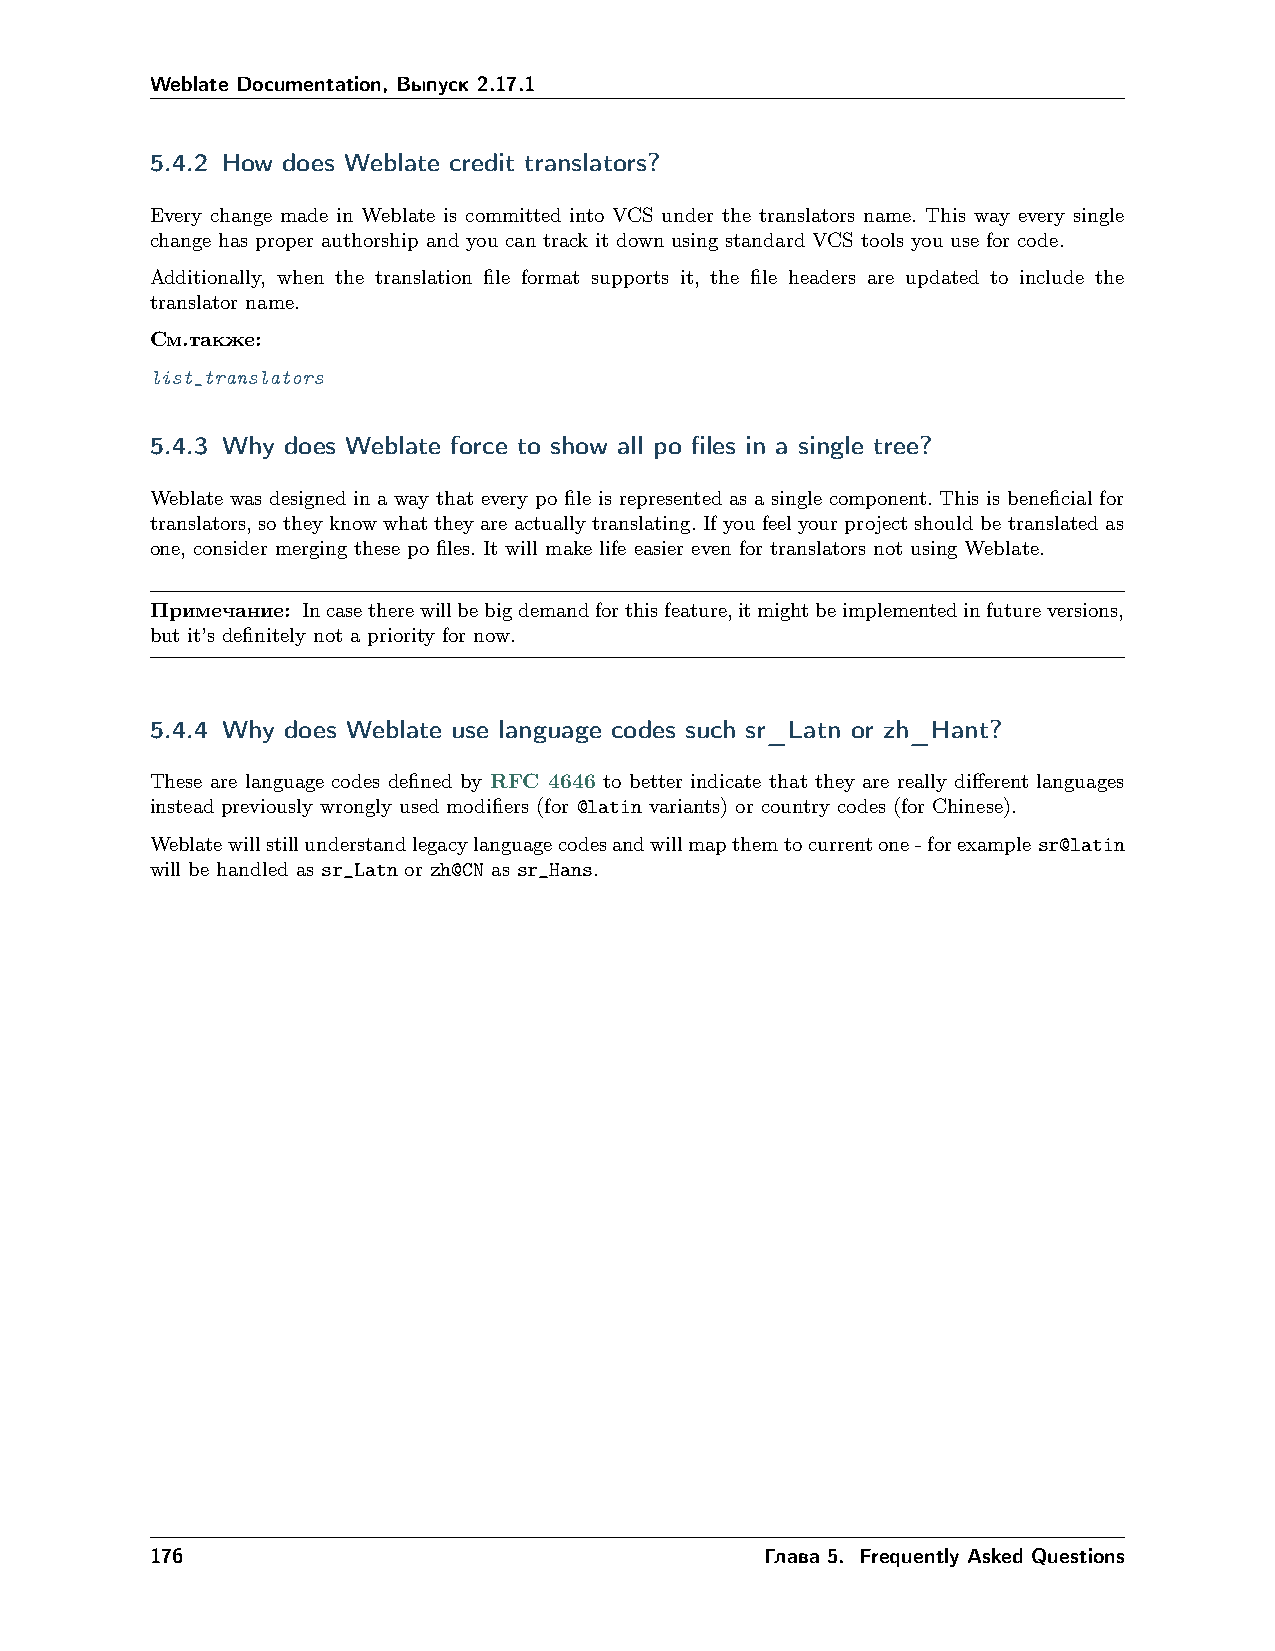
Weblate Documentation, Выпуск 2.17.1
 5.4.2 How does Weblate credit translators?
 Every change made in Weblate is committed into VCS under the translators name. This way every single
 change has proper authorship and you can track it down using standard VCS tools you use for code.
 Additionally, when the translation file format supports it, the file headers are updated to include the
 translator name.
 См.также:
 list_translators
 5.4.3 Why does Weblate force to show all po files in a single tree?
 Weblate was designed in a way that every po file is represented as a single component. This is beneficial for
 translators, so they know what they are actually translating. If you feel your project should be translated as
 one, consider merging these po files. It will make life easier even for translators not using Weblate.
 Примечание: Incasetherewillbebigdemandforthisfeature,itmightbeimplementedinfutureversions,
 but it’s definitely not a priority for now.
 5.4.4 Why does Weblate use language codes such sr_Latn or zh_Hant?
 These are language codes defined by RFC 4646 to better indicate that they are really different languages
 instead previously wrongly used modifiers (for @latin variants) or country codes (for Chinese).
 Weblatewillstillunderstandlegacylanguagecodesandwillmapthemtocurrentone-forexamplesr@latin
 will be handled as sr_Latn or zh@CN as sr_Hans.
 176                                      Глава 5. Frequently Asked Questions